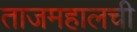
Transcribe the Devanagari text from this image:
ताजमहालची